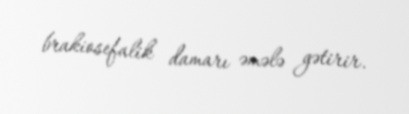
brakiosefalik damarı əmələ gətirir.